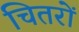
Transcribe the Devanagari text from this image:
चितरों